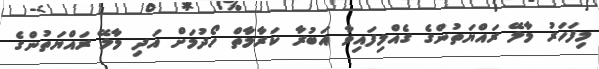
މިފަހަރު މާލޭ ރައްޔަތުންގެ ގެއްލިފައިވާ އަބުރާ ކަރާމާތް ހޯދުމަށް އަދި މާލޭ ރައްޔަތުންގެ